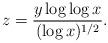
LaTeX: \begin{align*}z=\frac{y\log\log x}{(\log x)^{1/2}}.\end{align*}